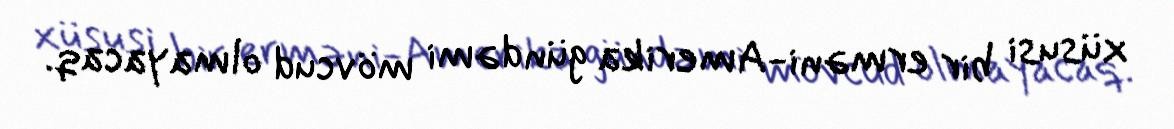
xüsusi bir erməni-Amerika gündəmi mövcud olmayacaq.